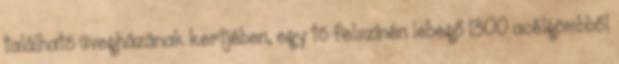
található üvegházának kertjében, egy tó felszínén lebegő 1300 acélgömbből